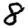
Digit: 8